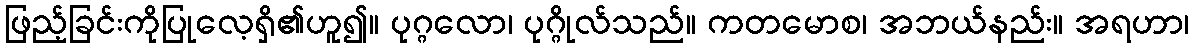
ဖြည့်ခြင်းကိုပြုလေ့ရှိ၏ဟူ၍။ ပုဂ္ဂလော၊ ပုဂ္ဂိုလ်သည်။ ကတမောစ၊ အဘယ်နည်း။ အရဟာ၊